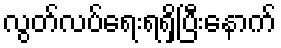
လွတ်လပ်ရေးရရှိပြီးနောက်